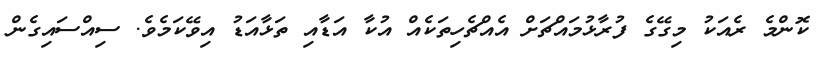
ކޮންމެ ރެއަކު މިގޭގެ ފުރާޅުމައްޗަށް އެއްޗެހިތަކެއް އުކާ އަޑާއި ތަޅާއަޑު އިވޭކަމެވެ. ސިއްސައިގެން